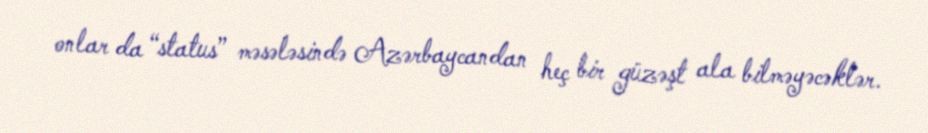
onlar da “status” məsələsində Azərbaycandan heç bir güzəşt ala bilməyəcəklər.